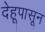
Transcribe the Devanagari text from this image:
देहूपासून